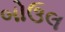
બોઉલ